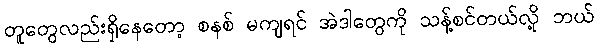
တူတွေလည်းရှိနေတော့ စနစ် မကျရင် အဲဒါတွေကို သန့်စင်တယ်လို့ ဘယ်